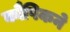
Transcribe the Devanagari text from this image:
कौषिकने